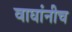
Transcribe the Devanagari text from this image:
वाघांनीच